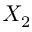
X _ { 2 }